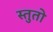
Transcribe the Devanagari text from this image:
स्तुतो